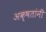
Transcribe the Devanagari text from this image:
अक्षतांनी